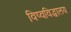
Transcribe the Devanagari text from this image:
विष्वविद्धालय